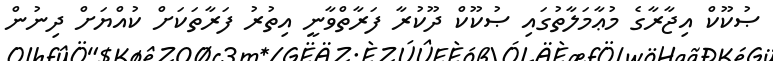
ޞުކޫކް އިޖާރާގެ މުޢާމަލާތުގައި ޞުކޫކް ދޫކުރާ ފަރާތްވާނީ އިތުރު ފަރާތަކަށް ކުއްޔަށް ދިނުން